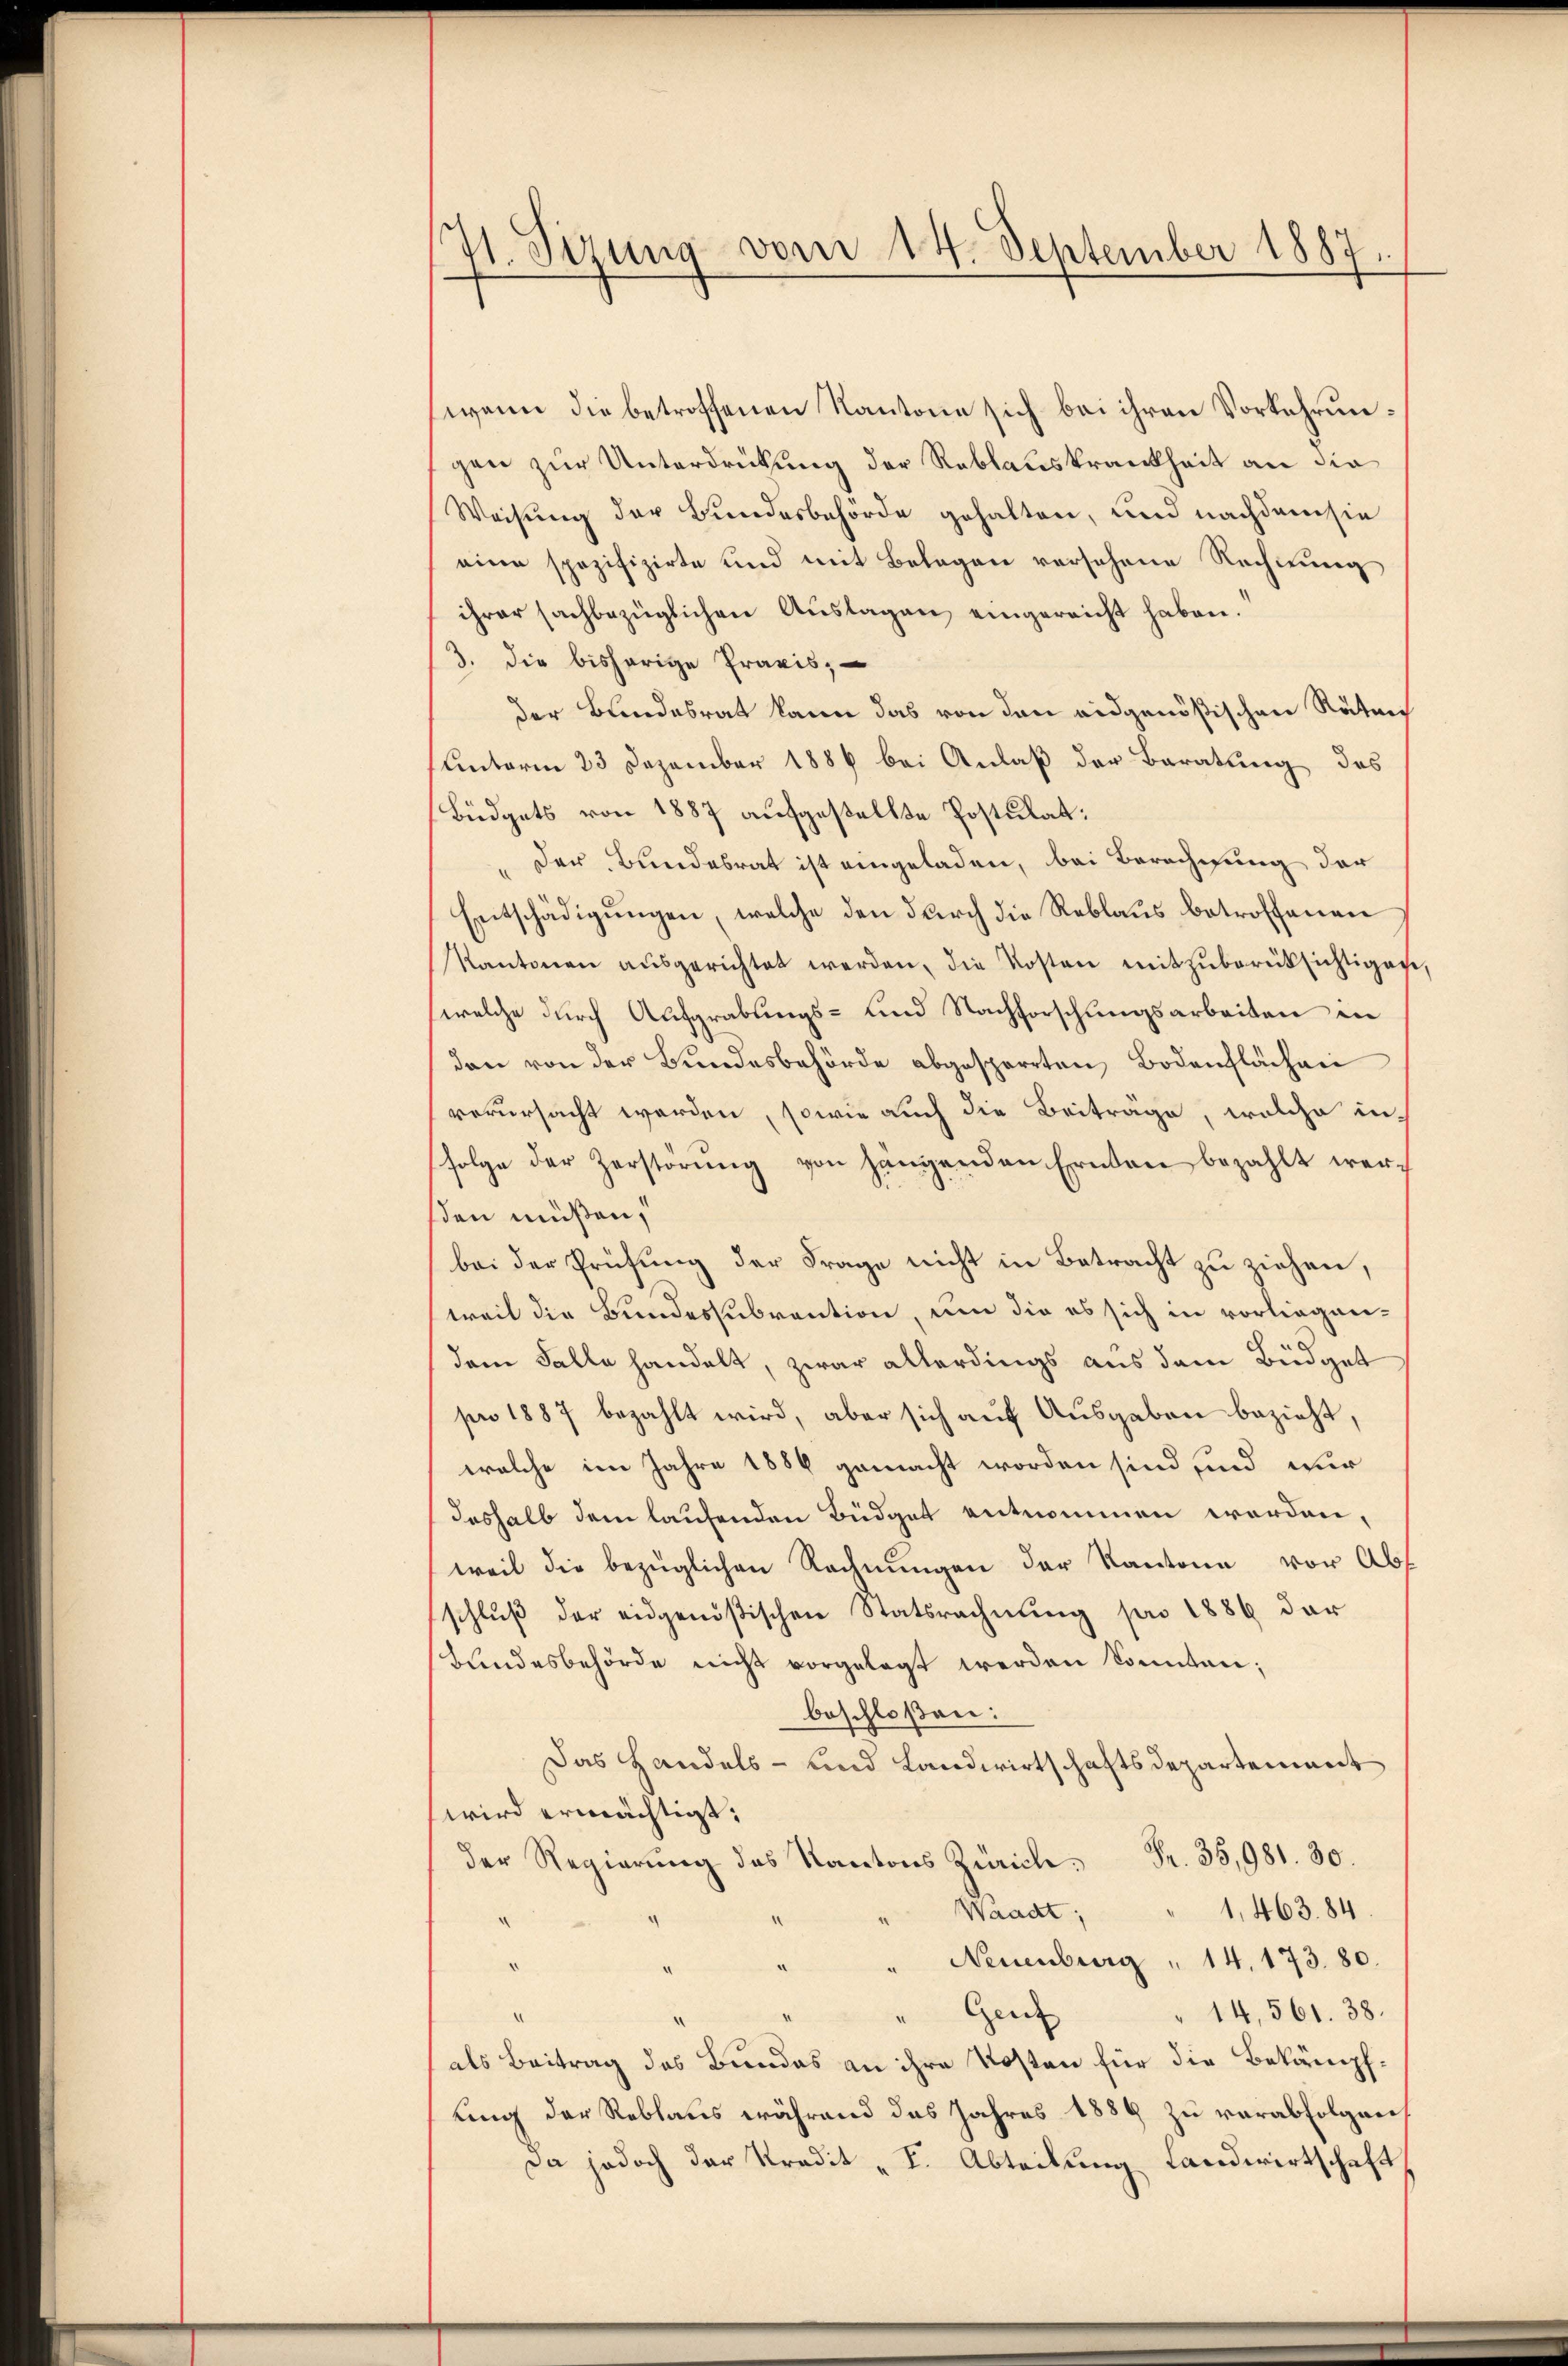
H. Sizung vom 14. September 1887.

wenn die betroffenen Kantone sich bei ihren Vorkehrungen zur Unterdrückung der Reblauskrankheit an die
Weisung der Bundesbehörde gehalten, und nachdem sie
eine spezifizirte und mit Belegen versehene Rechnung
ihrer sachbezüglichen Auslagen eingereicht haben.
3. die bisherige Praxis,
der Bundesrat kann das von den eidgenößischen Räten
Unterm 23 Dezember 1886 bei Anlaß der Baratung, das
Büdgets von 1887 aufgestellte Postulat:
" Der Bundesrat ist eingeladen, bei Berechnung der
Entschädigŭngen, welche den dŭrch die Reblaŭs betroffenen
Kantonen aŭsgerichtet werden, die Kosten mitzŭberüksichtigen,
welche durch Aufgrabungs- und Nachforschungsarbeiten in
dan von der Bundesbehörde abgesperrten Bodenflächen
verursacht werden, sowie auch die Beiträge, welche in-
folge der Zerstörung von hängenden Ernden bezahlt wersten müßen,
bei der Prüfung der Frage nicht in Betracht zu ziehen,
weil die Bundessubvention, um die es sich in vorliegendem Falle handelt, zwar allerdings aus dem Büdget
pro 1887 bezahlt wird, aber sich auf Ausgaben bezieht,
welche im Jahre 1886 gemacht worden sind sind wur
deshalb dem laufenden Büdget entnommen worden,
weil die bezüglichen Rechnungen der Kantone vor Abs
schlŭβ der eidgenößischen Statsrechnung pro 1886 der
Bundesbehörde nicht vorgelegt werden könnten;
beschloßen:
Das Handels- und Landwirtschaftsdepartement
wird ermächtigt.
.9.
Waadt,
1,463. 84
" Neuenburg " 14. 173. 80.
Gei
" 14, 561. 38.
als Beitrag des Bundes an ihre Kosten für die Bekämpfling der Reblaus während das Jahres 1889 zu verabfolgen
Da jedoch der Kredit "I. Abteilung Landwirtschaft